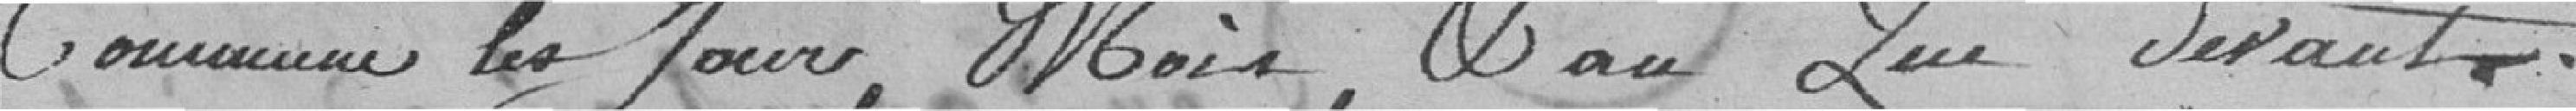
Commune les Jours, Mois, Vand Que Devants.